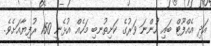
އަދި އެއްފޫޓް ބައި ހުންނަ ވަރުގެ ކަށިތުނބި މަހެއް އުޅެނީ 150 ރުފިޔާއަށެވެ.